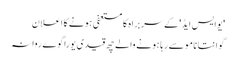
'یوایس ایڈ' کے سربراہ کا مستعفی ہونے کا اعلان
گوانتانامو سے رہا ہونے والے چھ قیدی یوراگوے روانہ